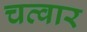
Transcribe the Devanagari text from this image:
चत्वार